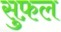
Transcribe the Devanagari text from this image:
सुफ़ल